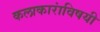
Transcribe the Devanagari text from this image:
कलाकारांविषयी